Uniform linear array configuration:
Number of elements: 12
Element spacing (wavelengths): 0.75
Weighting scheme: exponential
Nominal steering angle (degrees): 0
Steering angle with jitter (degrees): -1.75
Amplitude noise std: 0.05
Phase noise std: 0.05

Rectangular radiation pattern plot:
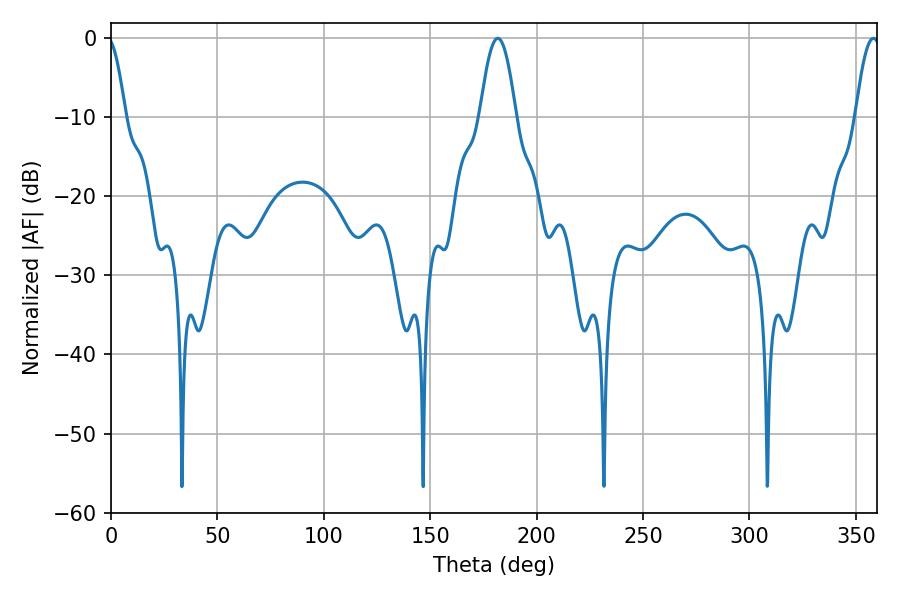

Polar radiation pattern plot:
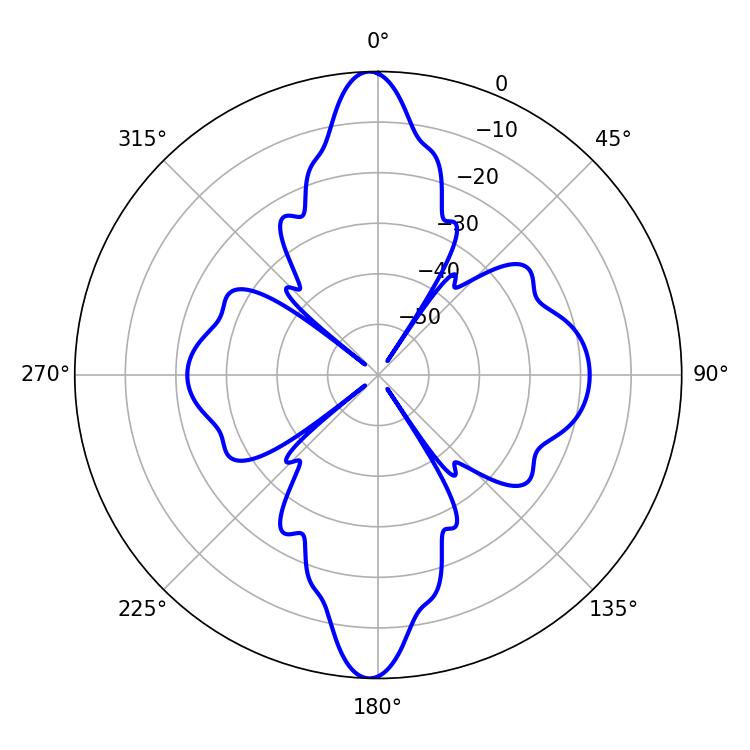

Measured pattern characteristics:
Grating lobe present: TRUE
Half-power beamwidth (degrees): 9.18
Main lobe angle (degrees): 181.8